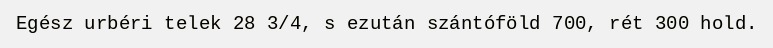
Egész urbéri telek 28 3/4, s ezután szántóföld 700, rét 300 hold.